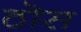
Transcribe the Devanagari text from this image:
ठॊस